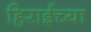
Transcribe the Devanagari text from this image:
हिराईच्या